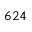
6 2 4